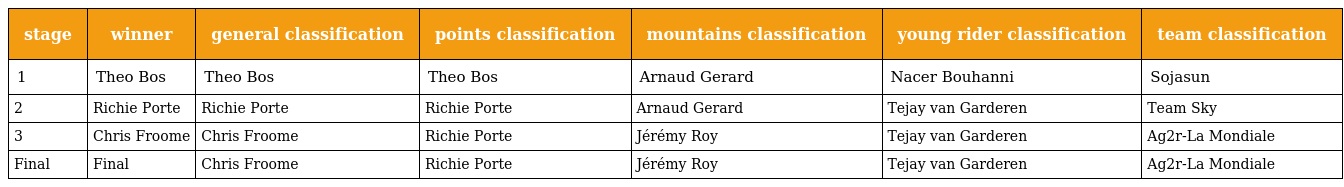
| stage | winner | general classification | points classification | mountains classification | young rider classification | team classification |
 | --- | --- | --- | --- | --- | --- | --- |
 | 1 | Theo Bos | Theo Bos | Theo Bos | Arnaud Gerard | Nacer Bouhanni | Sojasun |
 | 2 | Richie Porte | Richie Porte | Richie Porte | Arnaud Gerard | Tejay van Garderen | Team Sky |
 | 3 | Chris Froome | Chris Froome | Richie Porte | Jérémy Roy | Tejay van Garderen | Ag2r-La Mondiale |
 | Final | Final | Chris Froome | Richie Porte | Jérémy Roy | Tejay van Garderen | Ag2r-La Mondiale |